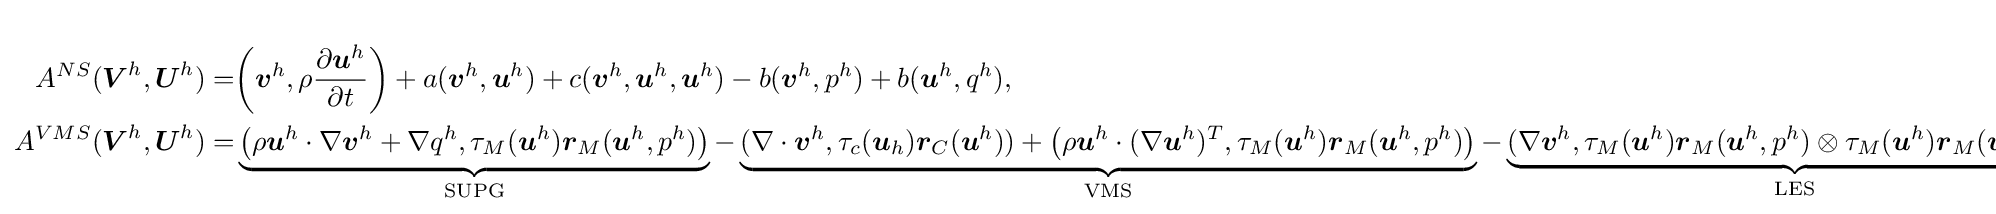
{\begin{aligned}A^{NS}({\boldsymbol {V}}^{h},{\boldsymbol {U}}^{h})=&{\bigg (}{\boldsymbol {v}}^{h},\rho {\dfrac {\partial {\boldsymbol {u}}^{h}}{\partial t}}{\bigg )}+a({\boldsymbol {v}}^{h},{\boldsymbol {u}}^{h})+c({\boldsymbol {v}}^{h},{\boldsymbol {u}}^{h},{\boldsymbol {u}}^{h})-b({\boldsymbol {v}}^{h},p^{h})+b({\boldsymbol {u}}^{h},q^{h}),\\A^{VMS}({\boldsymbol {V}}^{h},{\boldsymbol {U}}^{h})=&\underbrace {{\big (}\rho {\boldsymbol {u}}^{h}\cdot \nabla {\boldsymbol {v}}^{h}+\nabla q^{h},\tau _{M}({\boldsymbol {u}}^{h}){\boldsymbol {r}}_{M}({\boldsymbol {u}}^{h},p^{h}){\big )}} _{\text{SUPG}}-\underbrace {(\nabla \cdot {\boldsymbol {v}}^{h},\tau _{c}({\boldsymbol {u}}_{h}){\boldsymbol {r}}_{C}({\boldsymbol {u}}^{h}))+{\big (}\rho {\boldsymbol {u}}^{h}\cdot (\nabla {\boldsymbol {u}}^{h})^{T},\tau _{M}({\boldsymbol {u}}^{h}){\boldsymbol {r}}_{M}({\boldsymbol {u}}^{h},p^{h}){\big )}} _{\text{VMS}}-\underbrace {(\nabla {\boldsymbol {v}}^{h},\tau _{M}({\boldsymbol {u}}^{h}){\boldsymbol {r}}_{M}({\boldsymbol {u}}^{h},p^{h})\otimes \tau _{M}({\boldsymbol {u}}^{h}){\boldsymbol {r}}_{M}({\boldsymbol {u}}^{h},p^{h}))} _{\text{LES}}.\end{aligned}}